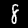
Digit: 8